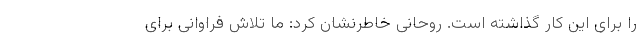
را برای این کار گذاشته است. روحانی خاطرنشان کرد: ما تلاش فراوانی برای